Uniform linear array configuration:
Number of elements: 24
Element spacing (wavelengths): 0.75
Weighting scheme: binomial
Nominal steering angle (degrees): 0
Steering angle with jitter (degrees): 0.8155
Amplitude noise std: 0.05
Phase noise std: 0.05

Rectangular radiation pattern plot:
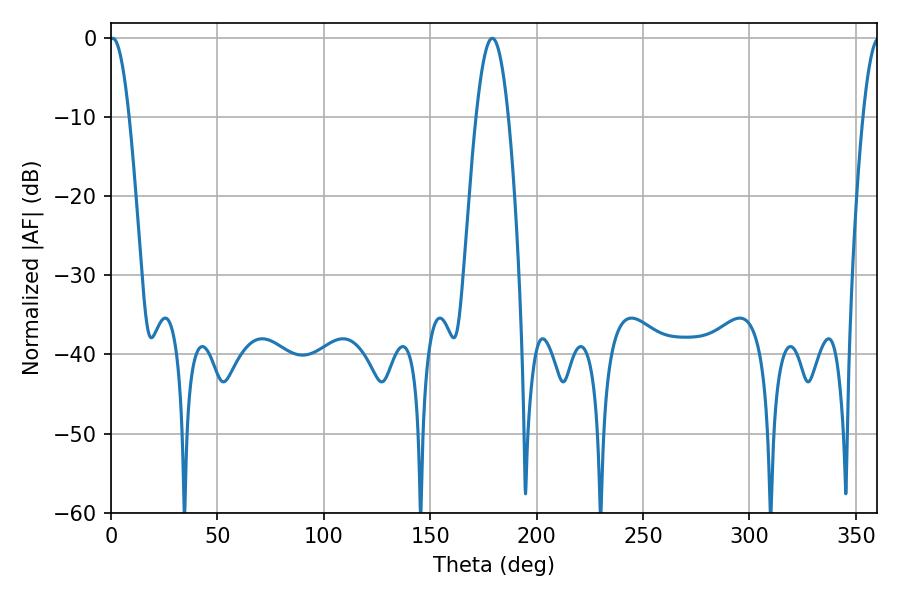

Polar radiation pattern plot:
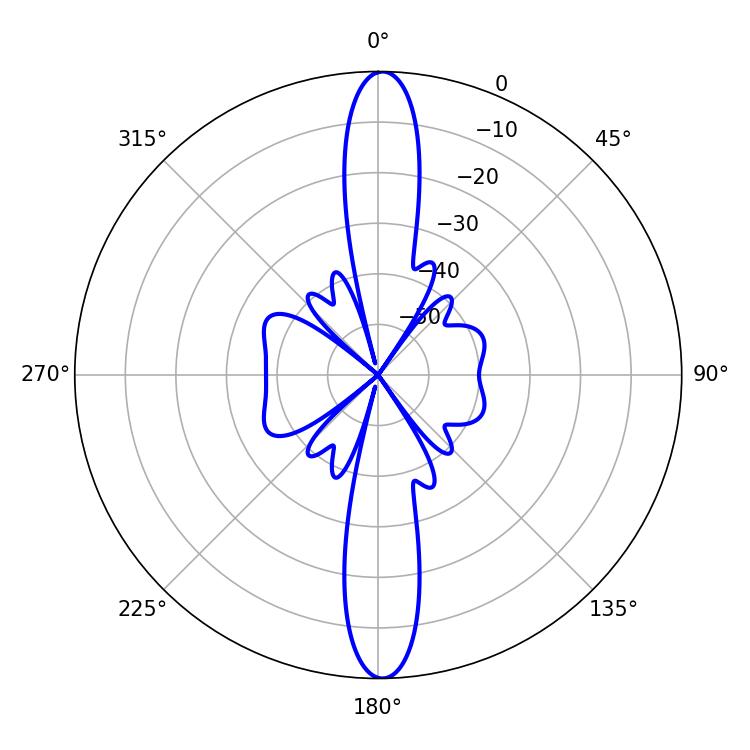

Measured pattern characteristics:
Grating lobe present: TRUE
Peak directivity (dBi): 26.24
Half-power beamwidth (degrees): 5.04
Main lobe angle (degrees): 0.9